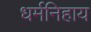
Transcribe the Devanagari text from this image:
धर्मनिहाय